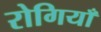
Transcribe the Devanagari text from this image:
रोगियाँ